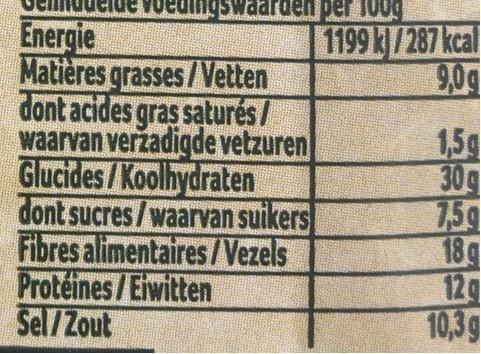
199 K/287 kcal 9,0g
Energie Matières grasses/Vetten dont acides gras saturés/ waarvan verzadigde vetzuren Glucides/Koolhydraten dont sucres/waarvan suikers Fibres alimentaires/Vezels Proteines/Eiwitten Sel/Zout
1,5g 30g 75g 18g 12g 10,3g